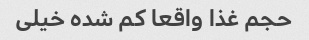
حجم غذا واقعا کم شده خیلی